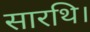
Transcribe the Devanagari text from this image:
सारथि।